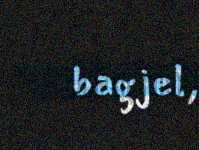
bagjel,